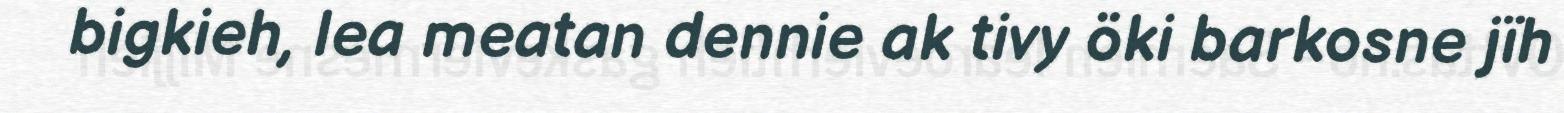
bigkieh, lea meatan dennie ak tivy öki barkosne jïh